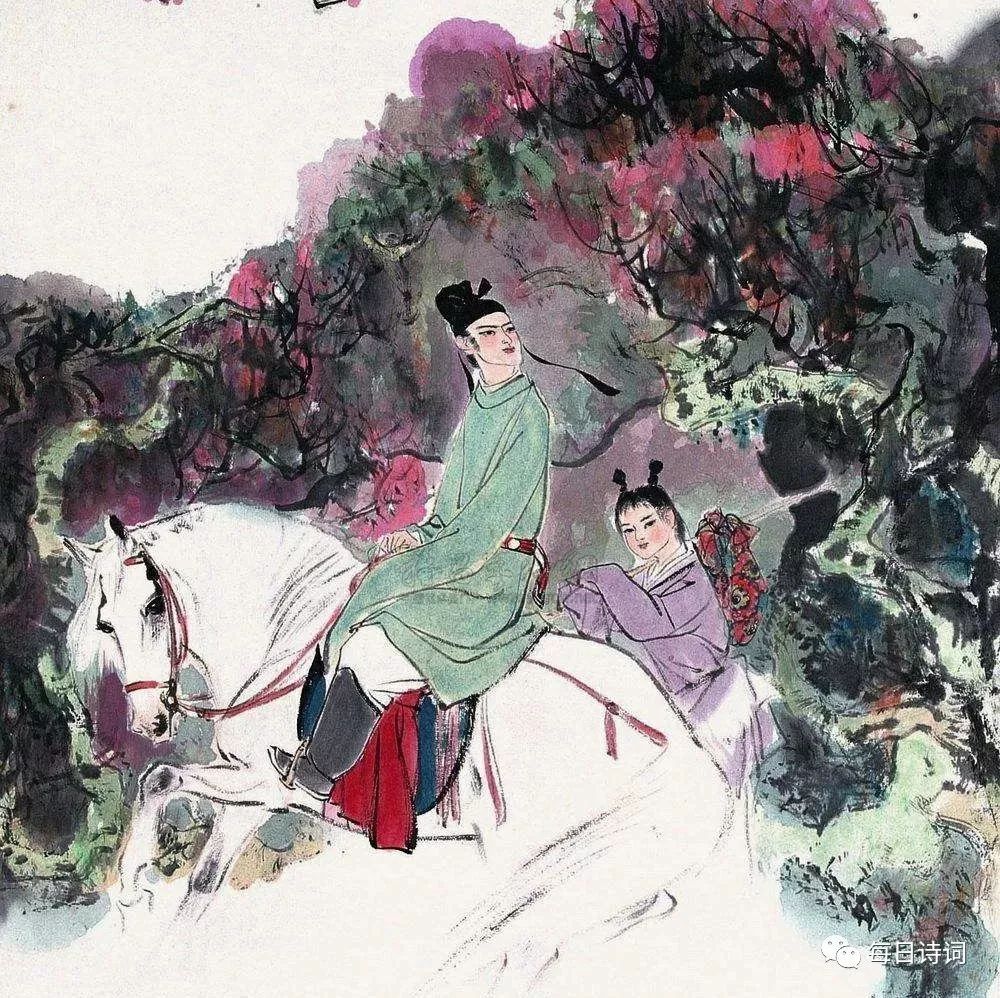
花无人戴，酒无人劝，醉也无人管。